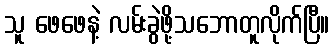
သူ ဖေဖေနဲ့ လမ်းခွဲဖို့သဘောတူလိုက်ပြီ။